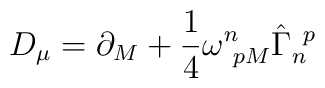
D_{\mu} = \partial_M + \frac{1}{4}\omega^n_{~pM}\hat{\Gamma}_n^{~p}